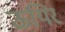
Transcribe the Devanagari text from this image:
ऊयिर